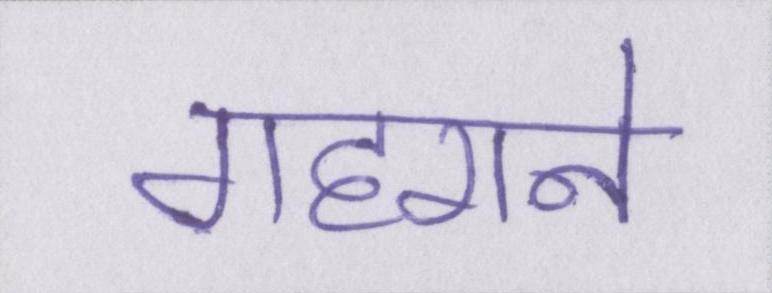
गहराने